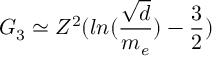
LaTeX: G _ { 3 } \simeq Z ^ { 2 } ( l n ( \frac { \sqrt { d } } { m _ { e } } ) - \frac { 3 } { 2 } )